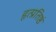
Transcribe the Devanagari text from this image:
हृत्प्रतिष्ठं